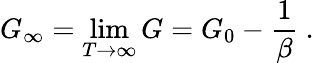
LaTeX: G_{\infty}=\operatorname*{lim}_{T\to\infty}G=G_{0}-{\frac{1}{\beta}}\ .